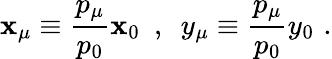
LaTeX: \mathbf{x}_{\mu}\equiv\frac{{p_{\mu}}}{{p_{0}}}\mathbf{x}_{0}\, \, \, ,\, \, \, y_{\mu}\equiv\frac{{p_{\mu}}}{{p_{0}}}y_{0}\, \, .